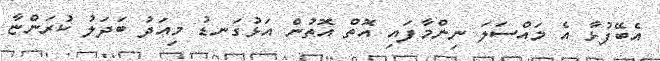
އެބޭފުޅާ އެ މައްސަލަ ނިންމާފައި އޮތް އޮތުން އަޅުގަނޑު މިއަދު ބަދަލު ކުރަންޏާ